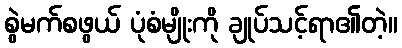
စွဲမက်စဖွယ် ပုံစံမျိုးကို ချုပ်သင့်ရာ၏တဲ့။